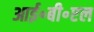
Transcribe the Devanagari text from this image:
आई॰बी॰एल